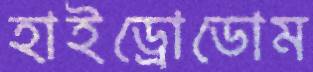
হাইড্রোডোম